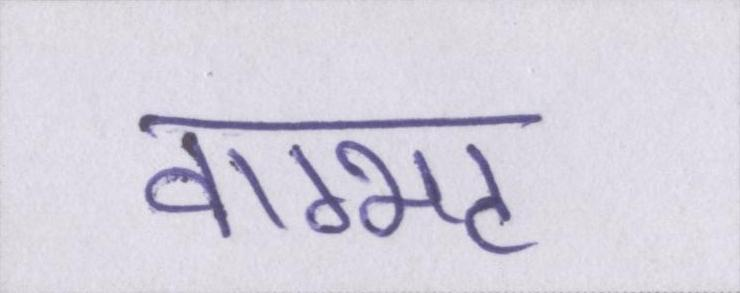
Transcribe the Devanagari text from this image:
वाग्भट